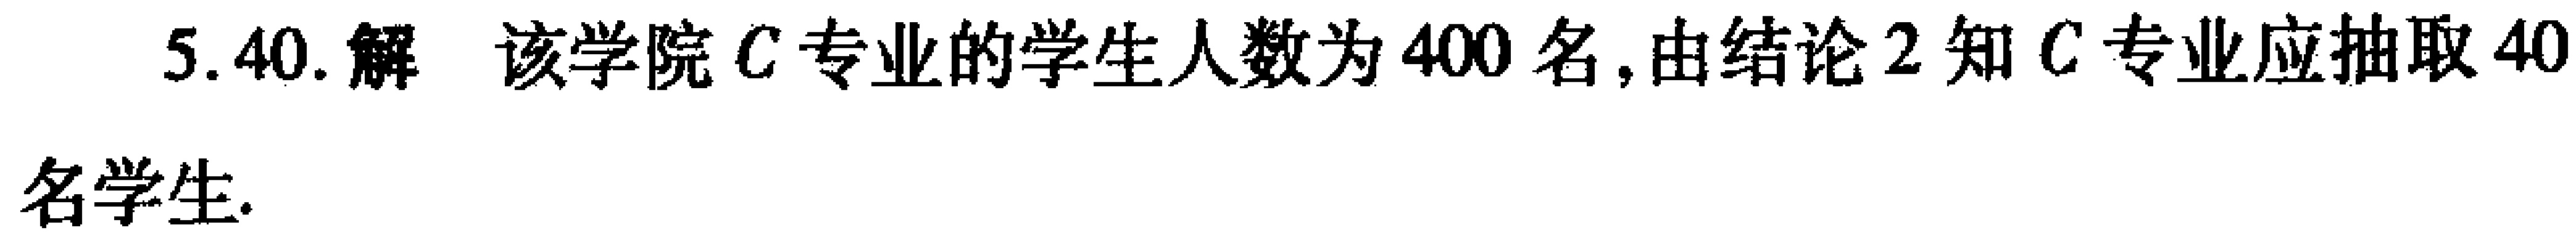
5.40. 解 该学院 \(C\) 专业的学生人数为 \(400\) 名, 由结论 \(2\) 知 \(C\) 专业应抽取 \(40\) 名学生.